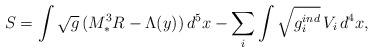
LaTeX: \begin{align*}S=\int\sqrt{g}\,(M_*^3 R-\Lambda(y))\,d^5x-\sum_i\int\sqrt{g^{ind}_i}\,V_i\,d^4x,\end{align*}